Medical and sanitary report of the native army of Bengal for the year
Year: 1874
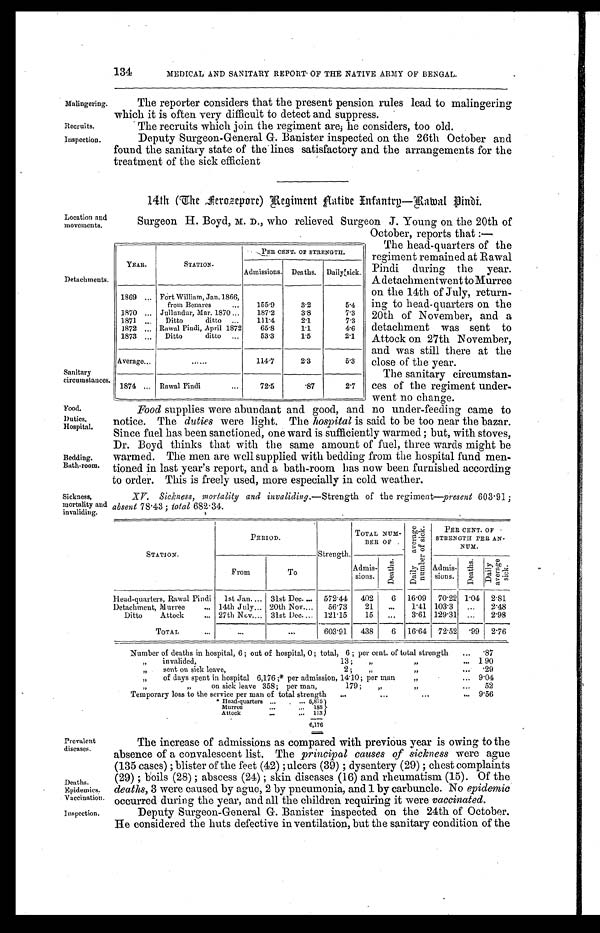
Food supplies were abundant and good, and no under-feeding came to
notice. The duties were light. The hospital is said to be too near the bazar.
Since fuel has been sanctioned, one ward is sufficiently warmed; but, with stoves,
Dr. Boyd thinks that with the same amount of fuel, three wards might be
warmed. The men are well supplied with bedding from the hospital fund men
- t i o n e d i n l a s t y e a r ' s r e p o r t , a n d a b a t h - r o o m h a s n o w b e e n f u r n i s h e d a c c o r d i n g
to order. This is freely used, more especially in cold weather.
XV.
Sickness, mortality and invaliding .—Strength of the regiment—present 603.91;
absent 78.43; total 682 . 34 .
Malingering.
Recruits.
Inspection.
Location and
movements.
Detachments.
Sanitary
circumstances.
Food.
Duties.
Hospital.
Bedding.
Bath-room.
Sickness,
mortality and
invaliding.
Prevalent
diseases.
Deaths.
Epidemics.
Vaccination.
Inspection.
134
MEDICAL AND SANITARY REPORT OF THE NATIVE ARMY OF BENGAL.
The reporter considers that the present pension rules lead to malingering
which it is often very difficult to detect and suppress.
The recruits which join the regiment are; he considers, too old.
Deputy Surgeon-General G. Banister inspected on the 26th October and
found the sanitary state of the lines satisfactory and the arrangements for the
treatment of the sick efficient
14th (The Ferozepore) Regiment Native Infantry—Rawal Pindi.
Surgeon H. Boyd, M. D., who relieved Surgeon J. Young on the 20th of
October. reports that:—
YEAR.
STATION.
PER CENT. OF STRENGTH.
Admissions. Deaths. Daily sick.
1869 . . . Fort William, Jan. 1866,
from Benares . . .
155.9
3.2
5.4
1870 . . . Jullundur, Mar. 1870 . . .
187.2
3.8
7.3
1871 . . .
Ditto ditto . . .
111.4
2.1
7.3
1872 . . . Rawal Pindi, April 1872
65.8
1.1
4.6
1873 . . .
Ditto ditto . . .
53.3
1.5
2.1
Average . . .
. . .
114.7
2.3
5.3
1874 . . . Rawal Pindi . . . 72.5
. 8 7 2.7
The head-quarters of the
regiment remained at Rawal
Pindi during the year.
A detachmentwent to Murree
on the 14th of July, return
-ing to head-quarters on the
20th of November, and a
detachment was sent to
Attock on 27th November,
and was still there at the
close of the year.
The sanitary circumstan
-ces of the regiment under
-went no change.
STATION.
PERIOD.
Strength.
TOTAL NUM-
BER OF
D a i l y a v e r a g e n u m b e r o f s i c k .
PER CENT. OF-
STRENGTH PER AN-
NUM.
From
To
Admis-
sions.
D e a t h s .
Admis-
sions.
D e a t h s .
D a i l y a v e r a g e s i c k .
Head-quarters, Rawal Pindi
1st Jan. . . . 31st Dec. . . .
572.44
402
6
16.09
70.22 1.04
2.81
Detachment, Murree . . . 14th July . . . 20th Nov. . . .
56.73
21
. . .
1.41 103.3
. . .
2.48
Ditto Attock . . . 27th Nov. . . . 31st Dec. . . .
121.15
15
. . .
3.61 129.31 . . .
2.98
TOTAL . . .
. . .
. . . 603.91
438
6
16.64
72.52
.99
2.76
Number of deaths in hospital, 6; out of hospital, 0; total, 6; per cent. of total strength . . .
.87
" i n v a l i d e d , 1 3 ; " " . . . 1.90
" sent on sick leave, 2; " " . . .
.29
"
of days spent in hospital 6,176;* per admission, 14.10; per man " . . .
9.04
" " on sick leave 358 per man, 179; " " . . .
52
Temporary loss to the service per man of total strength . . . 9.56
* Head-quarters . . . 5,875
Murree . . .
188
Attock . . . 113
6,176
The increase of admissions as compared with previous year is owing to the
absence of a convalescent list. The principal causes of sickness were ague
(135 cases); blister of the feet (42); ulcers (39); dysentery (29); chest complaints
(29); boils (28); abscess (24); skin diseases (16) and rheumatism (15). Of the
deaths, 3 were caused by ague, 2 by pneumonia, and 1 by carbuncle. No epidemic
occurred during the year, and all the children requiring it were vaccinated.
Deputy Surgeon-General G. Banister inspected on the 24th of October.
He considered the huts defective in ventilation, but the sanitary condition of the